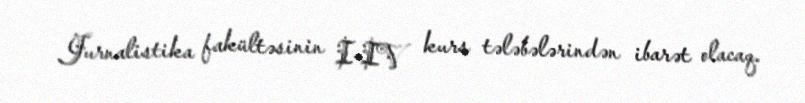
Jurnalistika fakültəsinin I-IV kurs tələbələrindən ibarət olacaq.